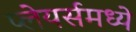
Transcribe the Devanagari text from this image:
प्लेयर्समध्ये